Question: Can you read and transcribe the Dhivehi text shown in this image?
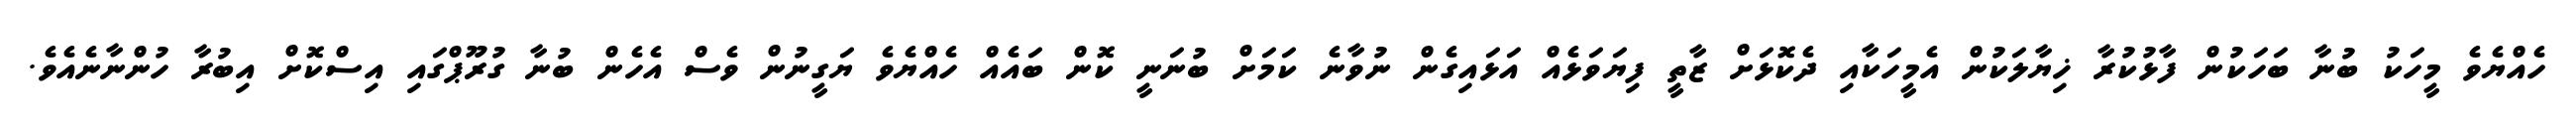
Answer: ހެއްޔެވެ މީހަކު ބުނާ ބަހަކުން ފާޅުކުރާ ޚިޔާލަކުން އެމީހަކާއި ދެކޮޅަށް ޒާތީ ފިޔަވަޅެއް އަޅައިގެން ނުވާނެ ކަމަށް ބުނަނީ ކޮން ބައެއް ހެއްޔެވެ ޔަގީނުން ވެސް އެހެން ބުނާ ގުރޫޕްގައި އިސްކޮށް އިބުރާ ހުންނާނެއެވެ.